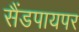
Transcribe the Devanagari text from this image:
सैंडपायपर